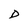
Character: D